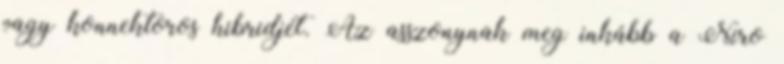
vagy konnektoros hibridjét. Az asszonynak meg inkább a Niro